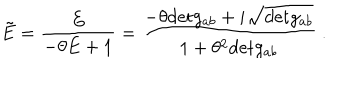
\tilde { E } = \frac { E } { - \theta E + 1 } = \frac { - \theta \mathrm { d e t } g _ { a b } + i \sqrt { \mathrm { d e t } g _ { a b } } } { 1 + \theta ^ { 2 } \mathrm { d e t } g _ { a b } } \ .